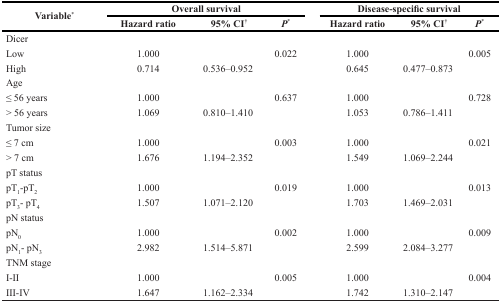
| <ROWSPAN=2> Variable* | <COLSPAN=3> Overall survival | <COLSPAN=3> Disease-specific survival |
 | Hazard ratio | 95% CI† | P* | Hazard ratio | 95% CI† | P* |
 | --- | --- | --- | --- | --- | --- | --- |
 | Dicer |  |  |  |  |  |  |
 | Low | 1.000 |  | 0.022 | 1.000 |  | 0.005 |
 | High | 0.714 | 0.536–0.952 |  | 0.645 | 0.477–0.873 |  |
 | Age |  |  |  |  |  |  |
 | ≤ 56 years | 1.000 |  | 0.637 | 1.000 |  | 0.728 |
 | > 56 years | 1.069 | 0.810–1.410 |  | 1.053 | 0.786–1.411 |  |
 | Tumor size |  |  |  |  |  |  |
 | ≤ 7 cm | 1.000 |  | 0.003 | 1.000 |  | 0.021 |
 | > 7 cm | 1.676 | 1.194–2.352 |  | 1.549 | 1.069–2.244 |  |
 | pT status |  |  |  |  |  |  |
 | pT1-pT2 | 1.000 |  | 0.019 | 1.000 |  | 0.013 |
 | pT3- pT4 | 1.507 | 1.071–2.120 |  | 1.703 | 1.469–2.031 |  |
 | pN status |  |  |  |  |  |  |
 | pN0 | 1.000 |  | 0.002 | 1.000 |  | 0.009 |
 | pN1- pN3 | 2.982 | 1.514–5.871 |  | 2.599 | 2.084–3.277 |  |
 | TNM stage |  |  |  |  |  |  |
 | I-II | 1.000 |  | 0.005 | 1.000 |  | 0.004 |
 | III-IV | 1.647 | 1.162–2.334 |  | 1.742 | 1.310–2.147 |  |